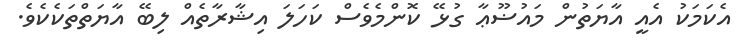
އެކަމަކު އެއީ އާޔަތުން މައުޟޫޢާ ގުޅޭ ކޮންމެވެސް ކަހަލަ އިޝާރާތެއް ލިބޭ އާޔަތްތަކެކެވެ.